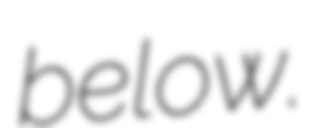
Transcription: below.